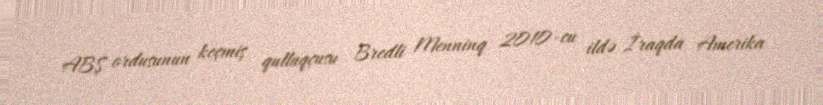
ABŞ ordusunun keçmiş qulluqçusu Bredli Menninq 2010-cu ildə İraqda Amerika